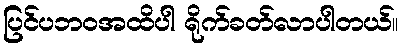
ပြင်ပဘဝအထိပါ ရိုက်ခတ်လာပါတယ်။